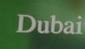
dubai